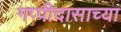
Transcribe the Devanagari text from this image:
गप्पीदासाच्या